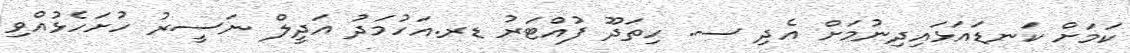
ކަމަށް ކަނޑައަޅައިދިނުމަށް އެދި ސ. ހިތަދޫ ފުއްޓަރު ޑރ.އަހުމަދު އަދީލް ނަސީރު ހުށަހެޅުއްވި